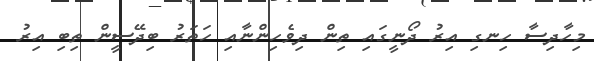
މިހާދިސާ ހިނގި އިރު ދޯނީގައި ތިން ދިވެހިންނާއި ހަތަރު ބިދޭސީން ތިބި އިރު